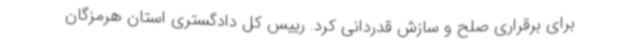
برای برقراری صلح و سازش قدردانی کرد. رییس کل دادگستری استان هرمزگان